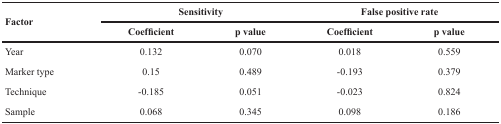
<table><thead><tr><td rowspan="2"><b>Factor</b></td><td colspan="2"><b>Sensitivity</b></td><td colspan="2"><b>False positive rate</b></td></tr><tr><td><b>Coefficient</b></td><td><b>p value</b></td><td><b>Coefficient</b></td><td><b>p value</b></td></tr></thead><tbody><tr><td>Year</td><td>0.132</td><td>0.070</td><td>0.018</td><td>0.559</td></tr><tr><td>Marker type</td><td>0.15</td><td>0.489</td><td>−0.193</td><td>0.379</td></tr><tr><td>Technique</td><td>−0.185</td><td>0.051</td><td>−0.023</td><td>0.824</td></tr><tr><td>Sample</td><td>0.068</td><td>0.345</td><td>0.098</td><td>0.186</td></tr></tbody></table>